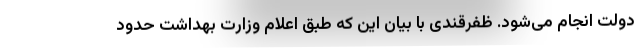
دولت انجام می‌شود. ظفرقندی با بیان این که طبق اعلام وزارت بهداشت حدود